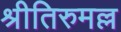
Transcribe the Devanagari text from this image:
श्रीतिरुमल्ल